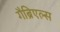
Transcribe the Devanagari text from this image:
गैब्रिएल्स